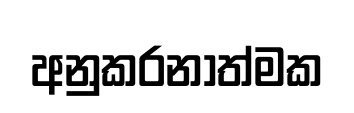
අනුකරනාත්මක